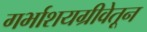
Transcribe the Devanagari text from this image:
गर्भाशयग्रीवेतून